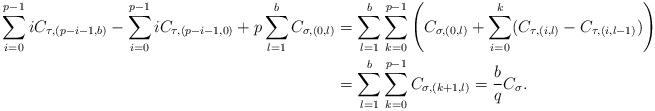
LaTeX: \begin{align*}\sum_{i=0}^{p-1} i C_{\tau,(p-i-1,b)} - \sum_{i=0}^{p-1} i C_{\tau,(p-i-1,0)} + p \sum_{l=1}^{b} C_{\sigma,(0,l)} &= \sum_{l=1}^{b} \sum_{k=0}^{p-1} \left(C_{\sigma,(0,l)} + \sum_{i=0}^{k} (C_{\tau,(i,l)} - C_{\tau,(i,l-1)})\right) \\&= \sum_{l=1}^{b} \sum_{k=0}^{p-1} C_{\sigma,(k+1,l)} = \frac{b}{q} C_\sigma.\end{align*}